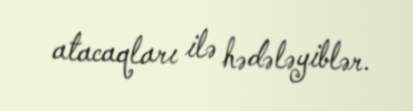
atacaqları ilə hədələyiblər.